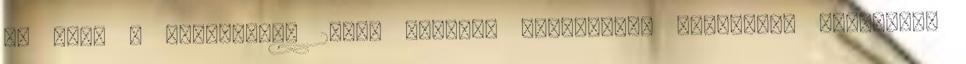
is lesz a Prometheus 2-ben Michael Fassbender zseniális androidot